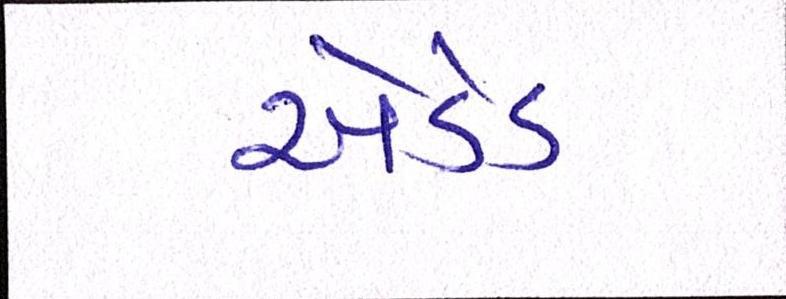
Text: એડેડ